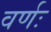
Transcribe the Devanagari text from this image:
वर्णः